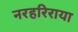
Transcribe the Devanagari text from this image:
नरहरिराया